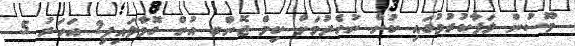
މޫސުން ލަފާކުރުމުގައި ކުށް ނުހެދުމަށް ކިމް ޖޮންގ އުން ގޮވާލައިފި2 އަހަރު 5